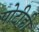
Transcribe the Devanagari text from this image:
पोटीही